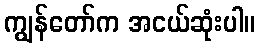
ကျွန်တော်က အငယ်ဆုံးပါ။